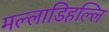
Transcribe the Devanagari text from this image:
मल्‍लाडिहल्‍लि